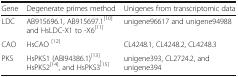
| Gene | Degenerate primes method | Unigenes from transcriptomic data |
 | --- | --- | --- |
 | LDC | AB915696.1, AB915697.1[10] and HsLDC-X1 to -X6[11] | unigene96617 and unigene94988 |
 | CAO | HsCAO [12] | CL4248.1, CL4248.2, CL4248.3 |
 | PKS | HsPKS1 (ABI94386.1)[13], HsPKS2[14], and HsPKS3[15] | unigene393, CL2724.2, and unigene394 |